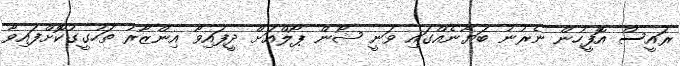
ރައީސް އޮފީހުން ނެރުނު ބަޔާނެއްގައި ވަނީ ޝޯން ޕޯލްއަށް ދީފައިވާ އިންޒާރު ތަހުގީގުކޮށްފައިވާ